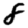
Digit: 8